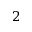
2